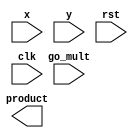
`timescale 1ns / 1ps

module mul_top(input[3:0] x,y,
               input rst, go_mult, clk,
               output[7:0] product);

endmodule